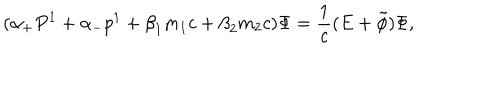
( { \alpha } _ { + } P ^ { 1 } + { \alpha } _ { - } p ^ { 1 } + { \beta } _ { 1 } m _ { 1 } c + { \beta } _ { 2 } m _ { 2 } c ) { \Phi } = \frac { 1 } { c } ( E + \tilde { \phi } ) { \Phi } ,